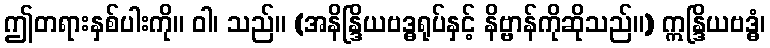
ဤတရားနှစ်ပါးကို။ ဝါ၊ သည်။ (အနိန္ဒြိယဗဒ္ဓရုပ်နှင့် နိဗ္ဗာန်ကိုဆိုသည်။) ဣန္ဒြိယဗဒ္ဓံ၊